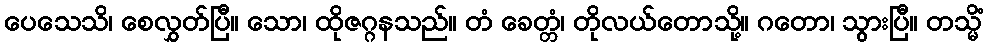
ပေသေသိ၊ စေလွှတ်ပြီ။ သော၊ ထိုဇဂ္ဂနသည်။ တံ ခေတ္တံ၊ တိုလယ်တောသို့။ ဂတော၊ သွားပြီ။ တသ္မိံ